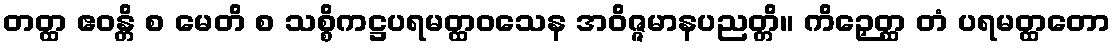
တတ္ထ ဧဝန္တိ စ မေတိ စ သစ္စိကဋ္ဌပရမတ္ထဝသေန အဝိဇ္ဇမာနပညတ္တိ။ ကိဉှေတ္ထ တံ ပရမတ္ထတော